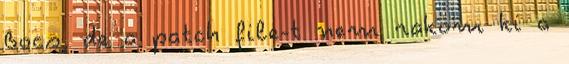
Bocs, de a patch file-t nem rakom ki a